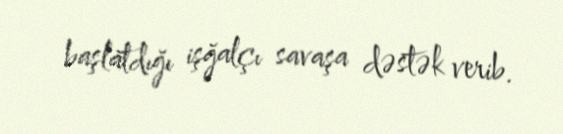
başlatdığı işğalçı savaşa dəstək verib.